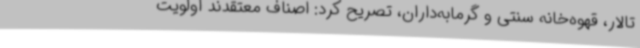
تالار، قهوه‌خانه سنتی و گرمابه‌داران، تصریح کرد: اصناف معتقدند اولویت